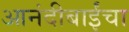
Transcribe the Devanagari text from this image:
आनंदीबाईंचा